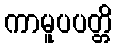
ကာမူပပတ္တိ